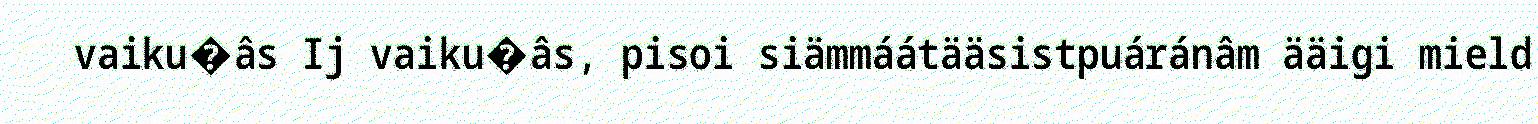
vaiku�âs Ij vaiku�âs, pisoi siämmáátääsistpuáránâm ääigi mield